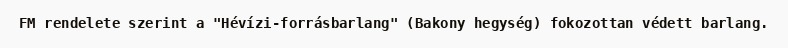
FM rendelete szerint a "Hévízi-forrásbarlang" (Bakony hegység) fokozottan védett barlang.